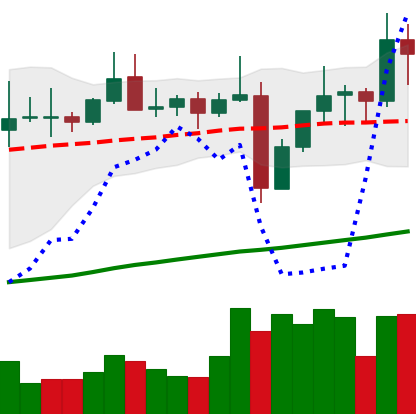
Ticker: TRX-USD
Chart end date: 2021-11-03
Forward return: 3.873%
Label: up_3_5